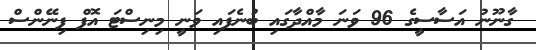
ގާނޫނު އަސާސީގެ 96 ވަނަ މާއްދާގައި ބުނެފައި ވަނީ މިނިސްޓަ އޮފް ފިނޭންސް